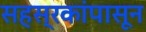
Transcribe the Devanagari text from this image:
सहस्रकांपासून